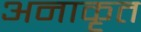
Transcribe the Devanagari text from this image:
अनाकृत